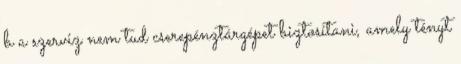
b a szerviz nem tud cserepénztárgépet biztosítani, amely tényt